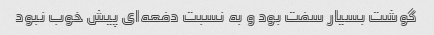
گوشت بسیار سفت بود و به نسبت دفعه‌ای پیش خوب نبود